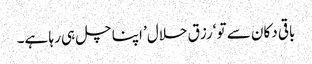
باقی دکان سے تو ‘رزق حلال’ اپنا چل ہی رہا ہے۔